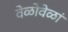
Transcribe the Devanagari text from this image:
वेळोवेळां